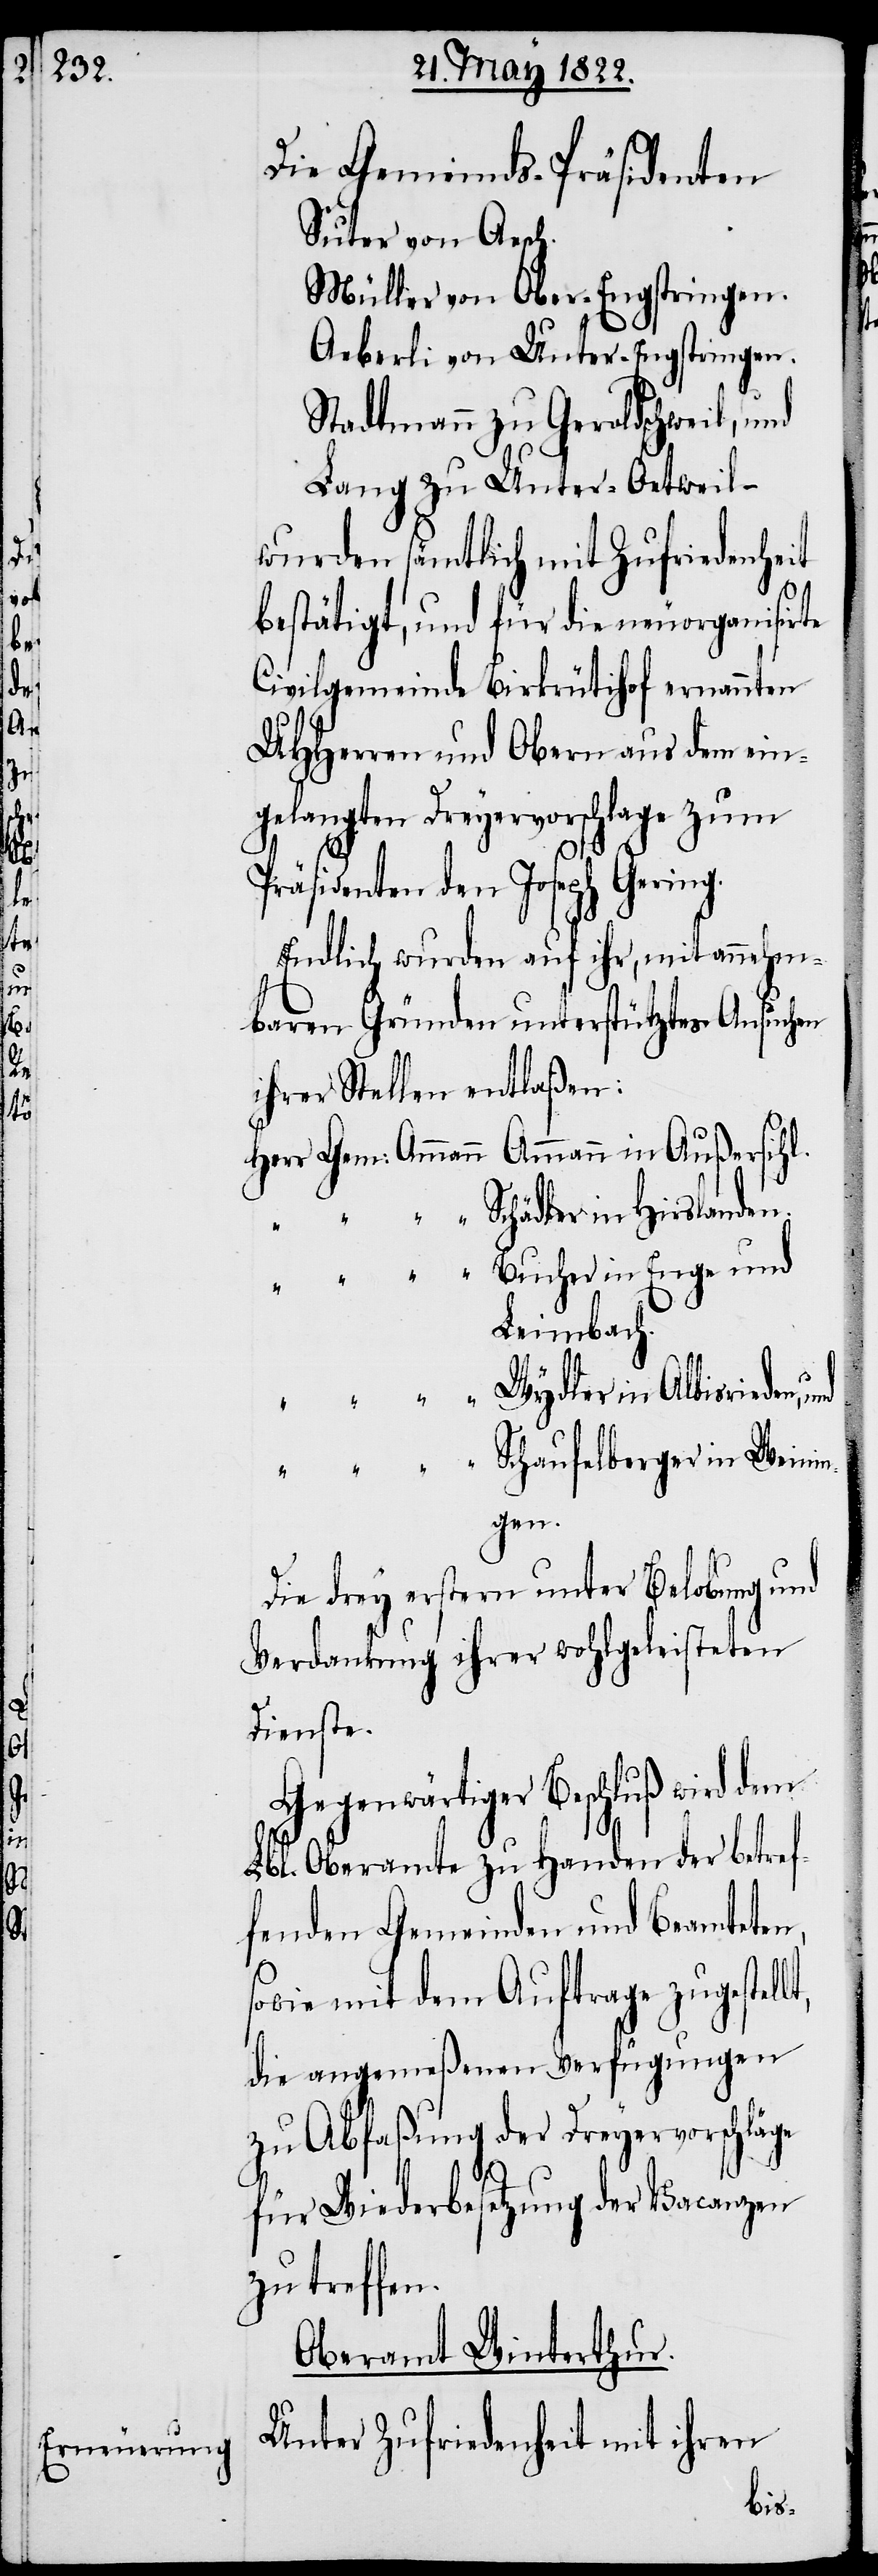
t,

Die Gemeinde-Präsidenten
Suter von Aesch.
Müller von Ober-Engstringen.
Aeberli von Unter-Engstringen.
Stadtmann zu Geroldschweil, und
Lang zu Unter-Oetweil –
wurden sämtlich mit Zufriedenheit
bestätigt, und für die neuorganisirte
Civilgemeinde Birkrütihof ernannte
UHHerren und Obern aus dem ein¬
gelangten Dreyervorschlage zum
Präsidenten den Joseph Gering.
Endlich wurden auf ihr, mit annehm¬
baren Gründen unterstütztes Ansuchen
ihrer Stellen entlaßen:
Herr Gem: Ammann Ammann in Außersihl
“ “ Schädler in Hirslanden.
“ “ “ Bucher in Enge und
Leimbach.
Wydler in Albisrieden,
“ “ “ Schaufelberger in Weini¬
gen.
Die drey ersten unter Belobung und
Verdankung ihrer wohlgeleisteten
Dienste.
Gegenwärtiger Beschluß wird dem
Lbl. Oberamte zu Handen der betref¬
fenden Gemeinden und Beamteten,
sowie mit dem Auftrage zugestell¬
die angemeßenen Verfügungen
zu Abfaßung der Dreyervorschläge
für Wiederbesetzung der Vacanzen
zu treffen.
Oberamt Winterthur.
Unter Zufriedenheit mit ihren